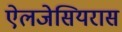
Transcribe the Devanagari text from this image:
ऐलजेसियरास